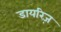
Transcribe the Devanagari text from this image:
डायरिज़